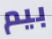
بيم